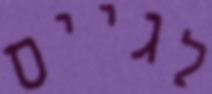
לגייס